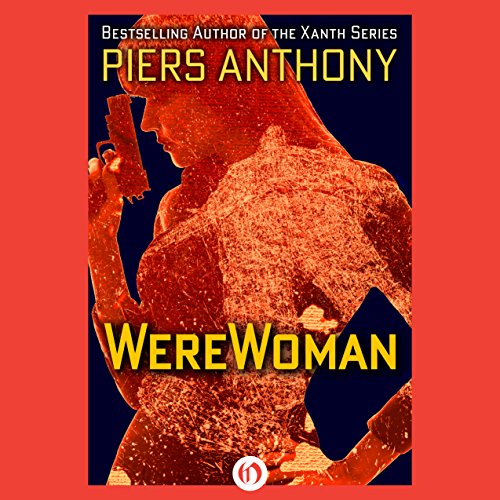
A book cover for WereWoman; Piers Anthony; Romance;